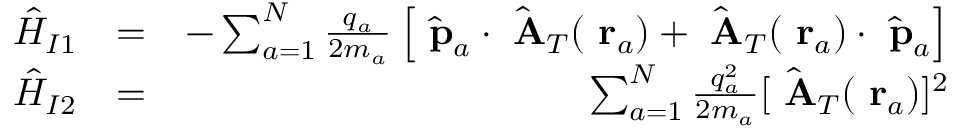
\begin{array} { r l r } { \hat { H } _ { I 1 } } & { = } & { - \sum _ { a = 1 } ^ { N } \frac { q _ { a } } { 2 m _ { a } } \left[ \hat { \mathrm { \bf ~ p } } _ { a } \cdot \hat { \mathrm { \bf ~ A } } _ { T } ( \mathrm { \bf ~ r } _ { a } ) + \hat { \mathrm { \bf ~ A } } _ { T } ( \mathrm { \bf ~ r } _ { a } ) \cdot \hat { \mathrm { \bf ~ p } } _ { a } \right] } \\ { \hat { H } _ { I 2 } } & { = } & { \sum _ { a = 1 } ^ { N } \frac { q _ { a } ^ { 2 } } { 2 m _ { a } } [ \hat { \mathrm { \bf ~ A } } _ { T } ( \mathrm { \bf ~ r } _ { a } ) ] ^ { 2 } } \end{array}